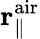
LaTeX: {\mathbf r}_{\parallel}^{\mathrm{air}}